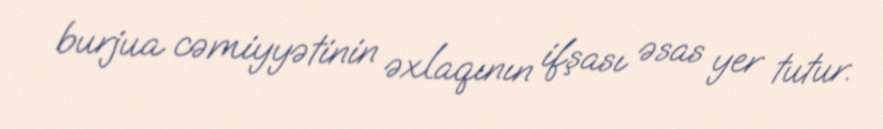
burjua cəmiyyətinin əxlaqının ifşası əsas yer tutur.